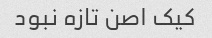
کیک اصن تازه نبود